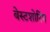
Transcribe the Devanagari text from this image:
बेस्टशोरिंग